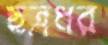
ছত্রধর